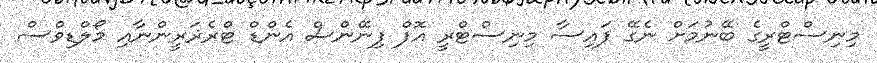
މިނިސްޓްރީގެ ބޭނުމަށް ނެގޭ ފައިސާ މިނިސްޓްރީ އޮފް ފިނޭންސް އެންޑް ޓްރެޜަރީންނާއި މޯލްޑިވްސް